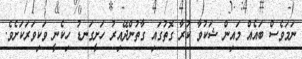
ނަމަވެސް ބައެއް މައިން ޝަކުވާ ކުރާ ގޮތުގައި ގާތުންދޭއިރު ހަށީގަނޑު ހިކެނީ ވަކިވަރަކަށެވެ.